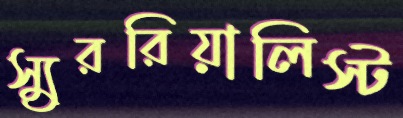
স্যুররিয়ালিস্ট